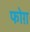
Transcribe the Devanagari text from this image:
फोग़